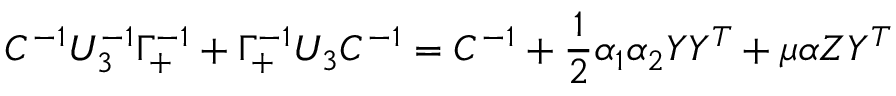
C ^ { - 1 } U _ { 3 } ^ { - 1 } \Gamma _ { + } ^ { - 1 } + \Gamma _ { + } ^ { - 1 } U _ { 3 } C ^ { - 1 } = C ^ { - 1 } + { \frac { 1 } { 2 } } \alpha _ { 1 } \alpha _ { 2 } Y Y ^ { T } + \mu \alpha Z Y ^ { T }